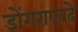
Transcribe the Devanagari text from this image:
डोंगराएवढे